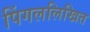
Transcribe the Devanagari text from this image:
पिंगललिखित